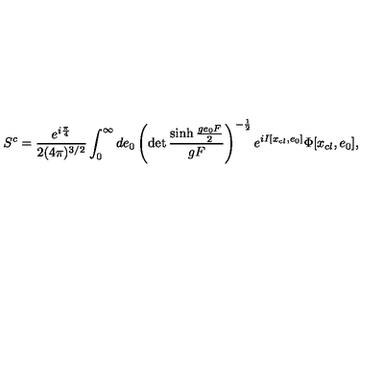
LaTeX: S ^ { c } = \frac { e ^ { i \frac { \pi } { 4 } } } { 2 ( 4 \pi ) ^ { 3 / 2 } } \int _ { 0 } ^ { \infty } d e _ { 0 } \left( \det \frac { \sinh \frac { g e _ { 0 } F } { 2 } } { g F } \right) ^ { - \frac { 1 } { 2 } } e ^ { i I [ x _ { c l } , e _ { 0 } ] } \Phi [ x _ { c l } , e _ { 0 } ] ,